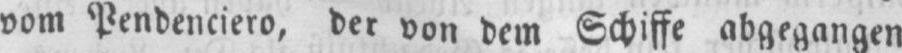
vom Pendenciero, der von dem Schiffe abgegangen